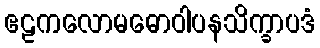
ဧဠကလောမဓောဝါပနသိက္ခာပဒံ